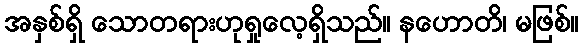
အနှစ်ရှိ သောတရားဟုရှုလေ့ရှိသည်။ နဟောတိ၊ မဖြစ်။